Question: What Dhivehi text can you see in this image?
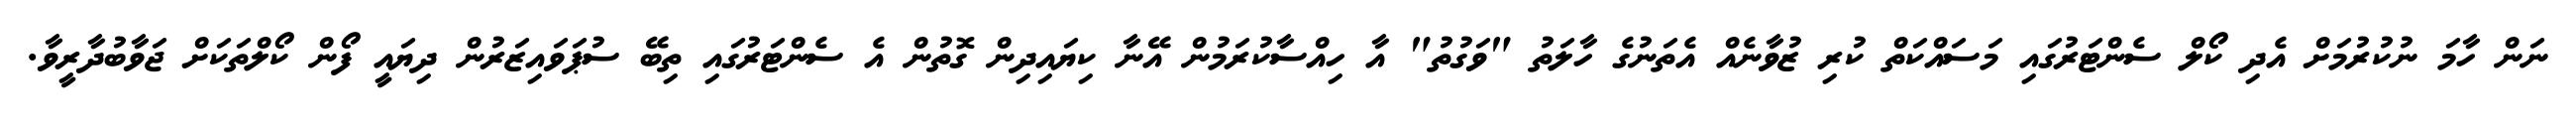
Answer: ނަން ހާމަ ނުކުރުމަށް އެދި ކޯލް ސެންޓަރުގައި މަސައްކަތް ކުރި ޒުވާނެއް އެތަނުގެ ހާލަތު "ވަގުތު" އާ ހިއްސާކުރަމުން އޭނާ ކިޔައިދިން ގޮތުން އެ ސެންޓަރުގައި ތިބޭ ސުޕަވައިޒަރުން ދިޔައީ ފޯން ކޯލްތަކަށް ޖަވާބުދާރީވާ.